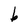
Character: b